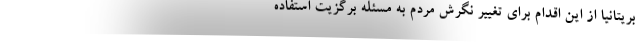
بریتانیا از این اقدام برای تغییر نگرش مردم به مسئله برگزیت استفاده